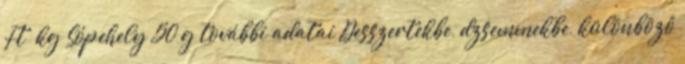
Ft kg Sópehely 50 g további adatai Desszertekbe, dzsemmekbe, különböző